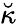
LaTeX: \breve{\kappa}